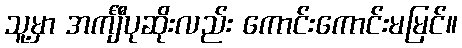
သူ့မှာ အင်္ကျီပုဆိုးလည်း ကောင်းကောင်းမမြင်။